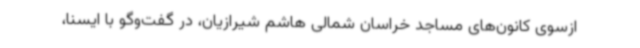
ازسوی کانون‌های مساجد خراسان شمالی هاشم شیرازیان، در گفت‌وگو با ایسنا،